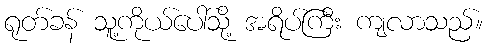
ရုတ်ခန် သူ့ကိုယ်ပေါ်သို့ အရိပ်ကြီး ကျလာသည်။